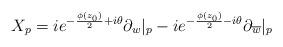
LaTeX: \begin{align*}X_p = ie^{-{\phi(z_0) \over 2} + i\theta}\partial_w|_{p} - ie^{-{\phi(z_0) \over 2} - i\theta}\partial_{\overline{w}}|_{p}\end{align*}